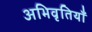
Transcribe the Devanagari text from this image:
अभिवृतियाँ